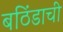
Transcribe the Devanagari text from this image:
बठिंडाची